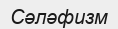
Сәләфизм